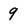
Character: 9